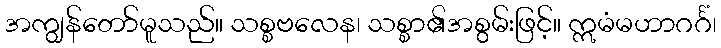
အကျွန်တော်မူသည်။ သစ္စဗလေန၊ သစ္စာ၏အစွမ်းဖြင့်။ ဣမံမဟာဂင်္ဂံ၊